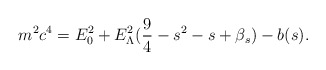
\begin{align*}m^2 c^4 = E_0^2 + E_{\Lambda}^2 ( \frac{9}{4} - s^2 - s + \beta_s ) - b(s).\end{align*}